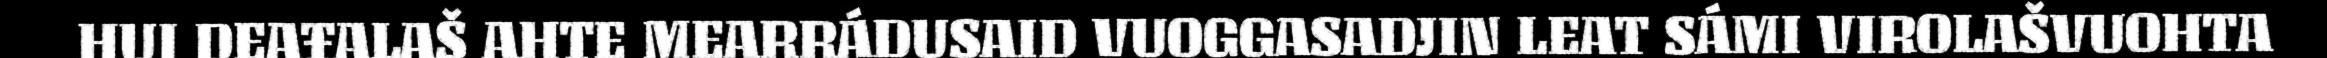
HUI DEAŦALAŠ AHTE MEARRÁDUSAID VUOGGASADJIN LEAT SÁMI VIROLAŠVUOHTA